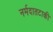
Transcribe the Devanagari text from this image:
नर्मदातटाकी